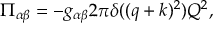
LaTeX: \Pi _ { \alpha \beta } = - g _ { \alpha \beta } 2 \pi \delta ( ( q + k ) ^ { 2 } ) Q ^ { 2 } ,